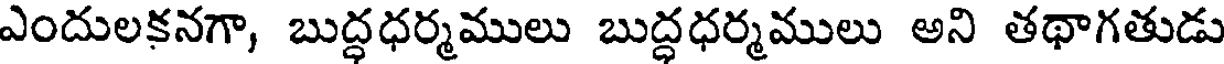
ఎందులకనగా, బుద్ధధర్మములు బుద్ధధర్మములు అని తథాగతుడు